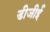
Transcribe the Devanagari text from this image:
डीजीई